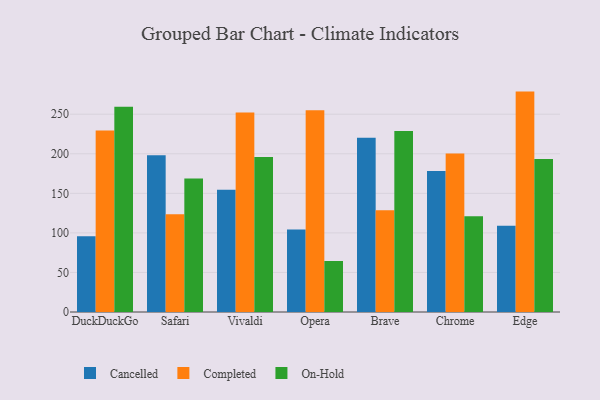
{"axis": {"x": "Browser", "y": "Page Views"}, "legend": ["Cancelled", "Completed", "On-Hold"], "data": [{"x": "DuckDuckGo", "y": 95.6, "type": "Cancelled"}, {"x": "DuckDuckGo", "y": 229.4, "type": "Completed"}, {"x": "DuckDuckGo", "y": 259.6, "type": "On-Hold"}, {"x": "Safari", "y": 198.2, "type": "Cancelled"}, {"x": "Safari", "y": 123.7, "type": "Completed"}, {"x": "Safari", "y": 168.9, "type": "On-Hold"}, {"x": "Vivaldi", "y": 154.6, "type": "Cancelled"}, {"x": "Vivaldi", "y": 252.2, "type": "Completed"}, {"x": "Vivaldi", "y": 195.9, "type": "On-Hold"}, {"x": "Opera", "y": 104.2, "type": "Cancelled"}, {"x": "Opera", "y": 255.1, "type": "Completed"}, {"x": "Opera", "y": 64.5, "type": "On-Hold"}, {"x": "Brave", "y": 220.3, "type": "Cancelled"}, {"x": "Brave", "y": 128.5, "type": "Completed"}, {"x": "Brave", "y": 228.7, "type": "On-Hold"}, {"x": "Chrome", "y": 178.3, "type": "Cancelled"}, {"x": "Chrome", "y": 200.2, "type": "Completed"}, {"x": "Chrome", "y": 121.0, "type": "On-Hold"}, {"x": "Edge", "y": 108.9, "type": "Cancelled"}, {"x": "Edge", "y": 278.6, "type": "Completed"}, {"x": "Edge", "y": 193.5, "type": "On-Hold"}]}